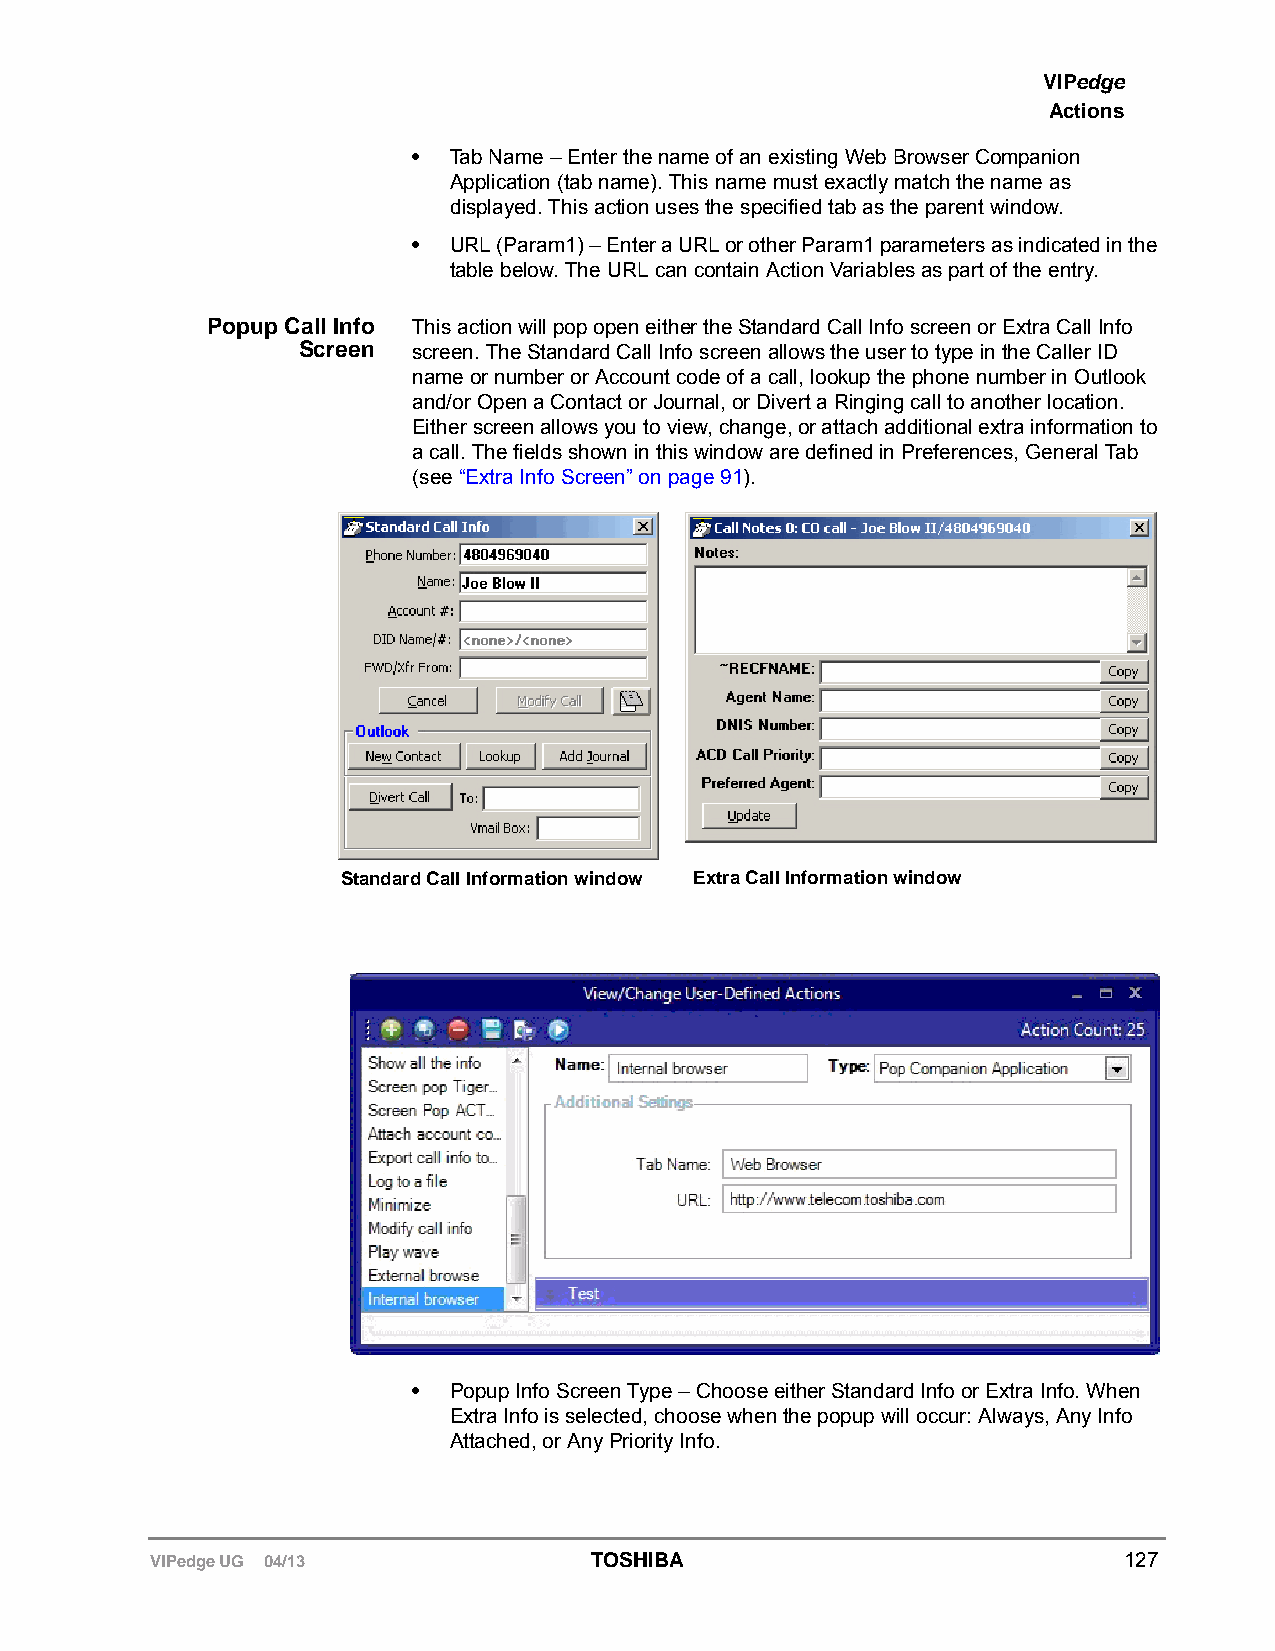
VIPedge
 Actions
 •  Tab Name – Enter the name of an existing Web Browser Companion
 Application (tab name). This name must exactly match the name as
 displayed. This action uses the specified tab as the parent window.
 •  URL (Param1) – Enter a URL or other Param1 parameters as indicated in the
 table below. The URL can contain Action Variables as part of the entry.
 Popup Call Info This action will pop open either the Standard Call Info screen or Extra Call Info
 Screen screen. The Standard Call Info screen allows the user to type in the Caller ID
 name or number or Account code of a call, lookup the phone number in Outlook
 and/or Open a Contact or Journal, or Divert a Ringing call to another location.
 Either screen allows you to view, change, or attach additional extra information to
 a call. The fields shown in this window are defined in Preferences, General Tab
 (see “Extra Info Screen” on page 91).
 Standard Call Information window Extra Call Information window
 •  Popup Info Screen Type – Choose either Standard Info or Extra Info. When
 Extra Info is selected, choose when the popup will occur: Always, Any Info
 Attached, or Any Priority Info.
 VIPedge UG 04/13             TOSHIBA                            127